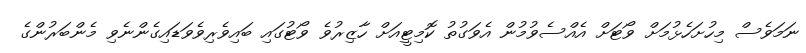
ނަމަވެސް މިހުށަހެޅުމަށް ވޯޓަށް އެއްސެވުމުން އެވަގުތު ކޮމިޓީއަށް ހާޒިރުވެ ވޯޓުގައި ބައިވެރިވެވަޑައިގެންނެވި މެންބަރުންގެ